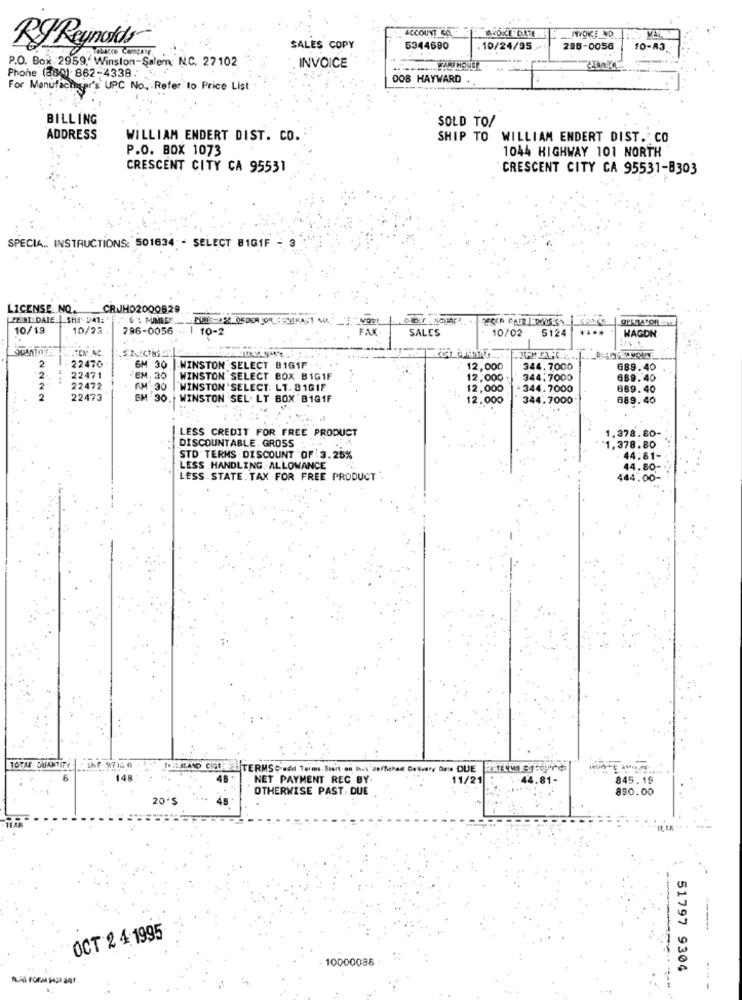
ACCOUNT RO
RJ Reynolds
SALES COPY
5344680
. 10/24/95
286-0056
10-83.
Phone (380) 862-4338.
P.O. Box 2959, Winston-Salem: N.C. 27102
INVOICE
DOB HAYWARD
For Manufacturer's UPC No. Refer to Price List
BILLING
SOLD TO/
ADDRESS
WILLIAM ENDERT DIST. CO.
SHIP TO
WILLIAM ENDERT DIST. CO
P.O. BOX 1073
1044 HIGHWAY 101 NORTH
CRESCENT CITY CA 95531
CRESCENT CITY CA 95531-8303
SPECIAL INSTRUCTIONS: 501634 - SELECT 8101F
LICENSE NO.
CRJJH02000829
PRINT DATE |-SHA DA1:
OPERATOR
10/19
10/23
796-0056
10-2
FAX
SALES
10/02
5124
WAGON
.TEN AC.
22470
6M 30
2
|-WINSTON SELECT 8161F
12,000
344.7000
689.40
22471
EM. 30
WINSTON SELECT BOX BIG1F
12,000
344.7000
689. 40
22472
AM' 30
WINSTON SELECT. LT. 81GIF
12,000
344.7000
669. 40
22473
EM 90.
WINSTON SEL. LT BOX B1G1F
12.000
344.7000
889.40
LESS CREDIT FOR FREE PRODUCT
1.378.80-
DISCOUNTABLE. GROSS .
1,378.80
STD TERMS DISCOUNT OF 3.25%
44.81-
LESS HANDLING .ALLOWANCE
44.80-
LESS . STATE. TAX FOR FREE PRODUCT
444.00-
DELAND COURS TERMS Credit Terms Start on Ies zaffiches Delivery Date DUE
148
NET PAYMENT REC BY
11/21
44.81-
845. 19
OTHERWISE PAST, DUE
890.00
20'S
------
OCT 2 4 1995
10000086 -
51797 9304